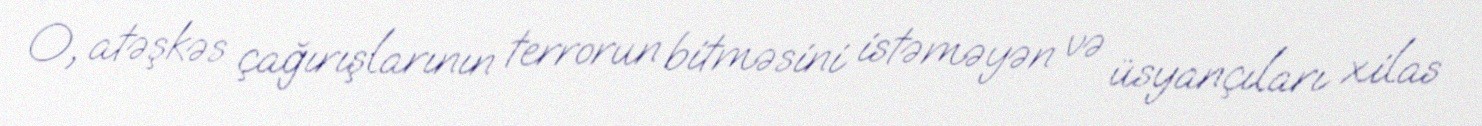
O, atəşkəs çağırışlarının terrorun bitməsini istəməyən və üsyançıları xilas